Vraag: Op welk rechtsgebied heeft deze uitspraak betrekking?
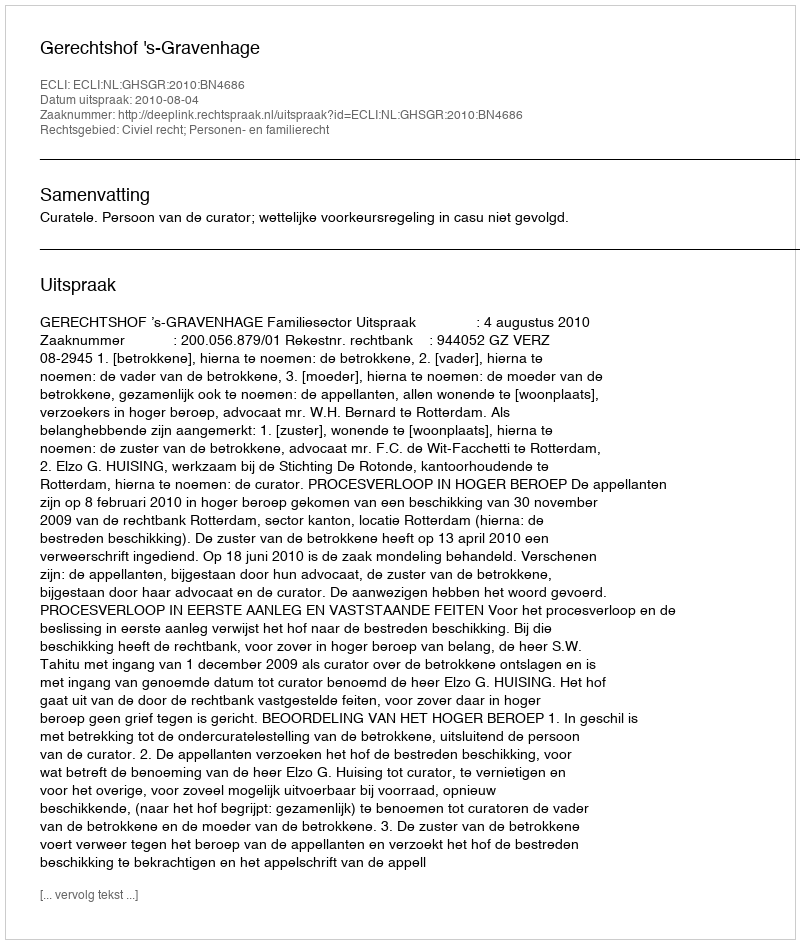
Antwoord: Civiel recht; Personen- en familierecht